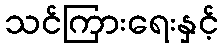
သင်ကြားရေးနှင့်